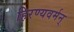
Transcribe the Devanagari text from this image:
हिरण्यवर्मन्